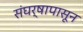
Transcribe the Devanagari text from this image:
संघर्षापासून